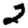
Digit: 2